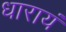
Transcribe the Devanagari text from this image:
धारायं